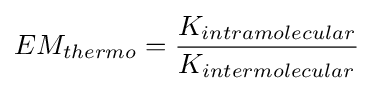
EM_{thermo}={K_{intramolecular} \over K_{intermolecular}}